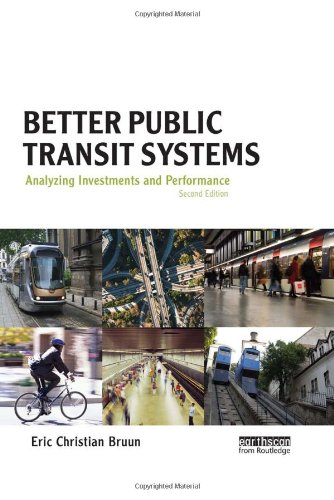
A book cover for Better Public Transit Systems: Analyzing Investments and Performance; Eric Christian Bruun; Engineering & Transportation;